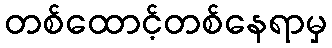
တစ်ထောင့်တစ်နေရာမှ